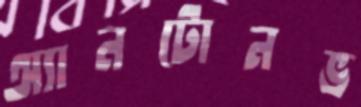
অ্যানটোনভ